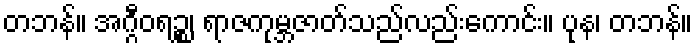
တဘန်။ အဂ္ဂီဝရဉ္စ၊ ရာဇကုမ္ဘဇာတ်သည်လည်းကောင်း။ ပုန၊ တဘန်။